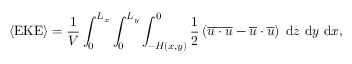
\langle \mathrm { E K E } \rangle = \frac { 1 } { V } \int _ { 0 } ^ { L _ { x } } \int _ { 0 } ^ { L _ { y } } \int _ { - H ( x , y ) } ^ { 0 } \frac { 1 } { 2 } \left( \overline { { \boldsymbol { u } \cdot \boldsymbol { u } } } - \overline { { \boldsymbol { u } } } \cdot \overline { { \boldsymbol { u } } } \right) \; \mathrm { d } z \ \mathrm { d } y \ \mathrm { d } x ,